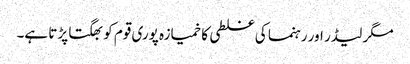
مگر لیڈر اور رہنما کی غلطی کا خمیازہ پوری قوم کو بھگتا پڑتا ہے۔